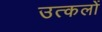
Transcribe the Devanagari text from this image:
उत्कलों